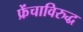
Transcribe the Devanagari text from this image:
फ्रेंचाविरुद्ध